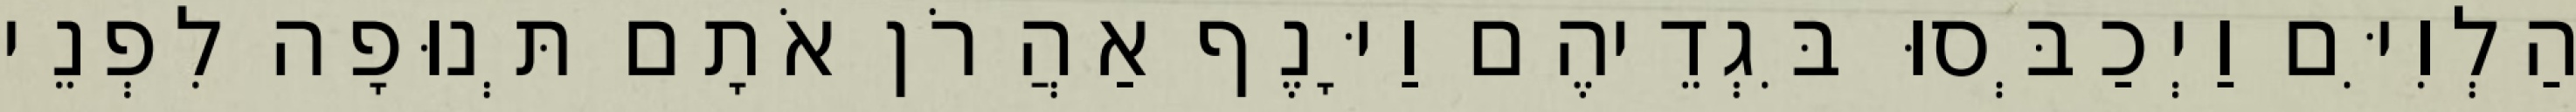
הַלְוִיִּם וַיְכַבְּסוּ בִּגְדֵיהֶם וַיָּנֶף אַהֲרֹן אֹתָם תְּנוּפָה לִפְנֵי